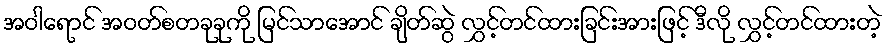
အဝါရောင် အဝတ်စတခုခုကို မြင်သာအောင် ချိတ်ဆွဲ လွှင့်တင်ထားခြင်းအားဖြင့် ဒီလို လွှင့်တင်ထားတဲ့